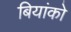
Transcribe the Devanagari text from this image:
बियांको